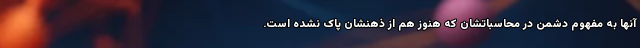
آنها به مفهوم دشمن در محاسباتشان که هنوز هم از ذهنشان پاک نشده است.